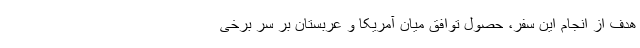
هدف از انجام این سفر، حصول توافق میان آمریکا و عربستان بر سر برخی